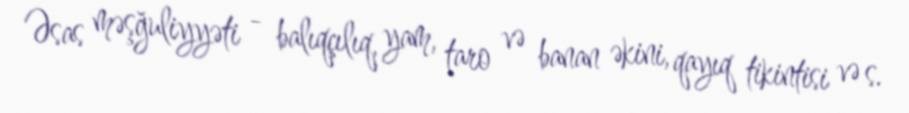
Əsas məşğuliyyəti - balıqçılıq, yam, taro və banan əkini, qayıq tikintisi və s.